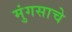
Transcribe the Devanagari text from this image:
मुंगसाचे